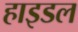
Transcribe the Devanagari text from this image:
हाइडल